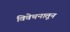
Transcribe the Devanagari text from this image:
विवेचनातून